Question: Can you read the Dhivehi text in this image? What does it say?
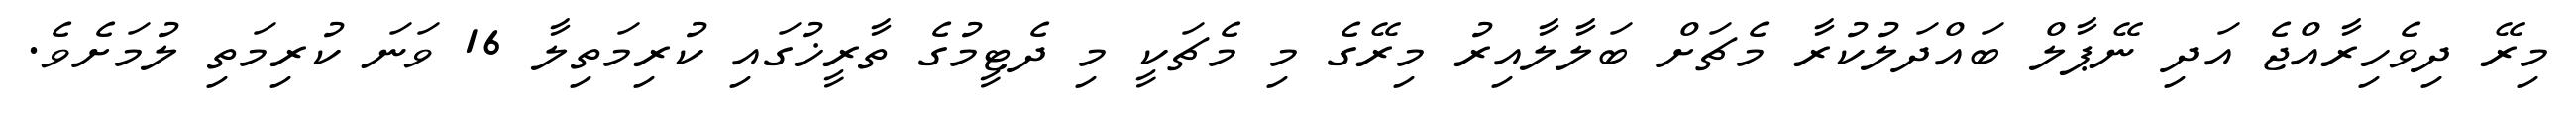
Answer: މިރޭ ދިވެހިރާއްޖެ އަދި ނޭޕާލް ބައްދަލުކުރާ މެޗަށް ބަލާލާއިރު މިރޭގެ މި މެޗަކީ މި ދެޓީމުގެ ތާރީޚުގައި ކުރިމަތިލާ 16 ވަނަ ކުރިމަތި ލުމަށެވެ.